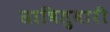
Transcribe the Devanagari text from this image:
सावितुवारी